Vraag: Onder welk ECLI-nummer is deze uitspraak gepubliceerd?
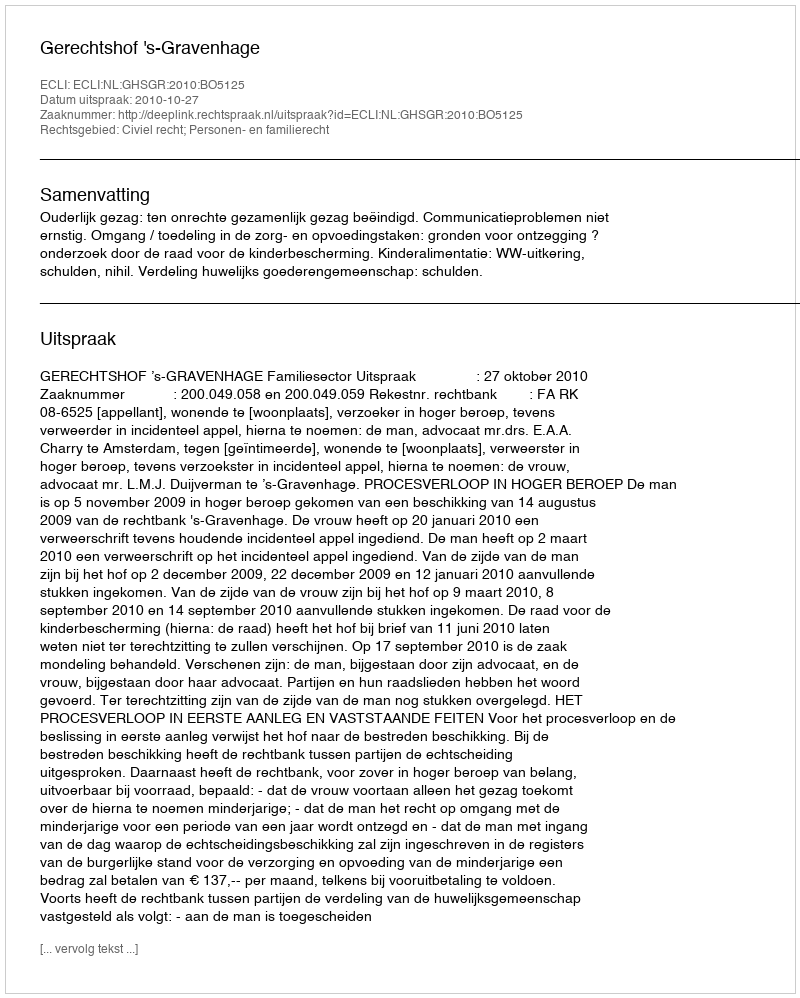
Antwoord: ECLI:NL:GHSGR:2010:BO5125